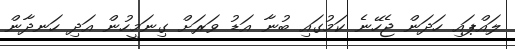
ލައްޕައި ހަދަން ޖެހޭނެ ކަމުގައި ބުނާ އަޑު ވަރަށް ގިނަމީހުން އަދި ހަނދާން